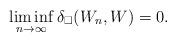
LaTeX: \begin{align*}\liminf_{n\to\infty} \delta_\square(W_n, W) = 0.\end{align*}